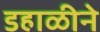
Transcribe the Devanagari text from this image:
डहाळीने